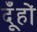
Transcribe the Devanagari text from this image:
दूँहों